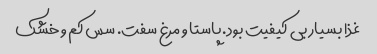
غذا بسیار بی کیفیت بود. پاستا و مرغ سفت. سس کم و خشک